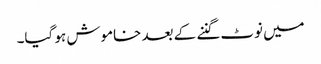
میں نوٹ گننے کے بعد خاموش ہو گیا۔